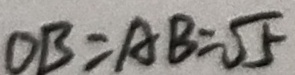
O B = A B = \sqrt { 5 }